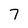
Character: 7